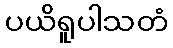
ပယိရူပါသတံ